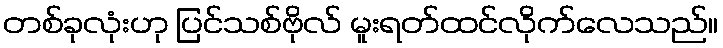
တစ်ခုလုံးဟု ပြင်သစ်ဗိုလ် မူးရတ်ထင်လိုက်လေသည်။